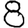
Digit: 8